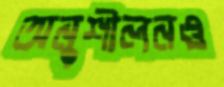
অনুশীলনও